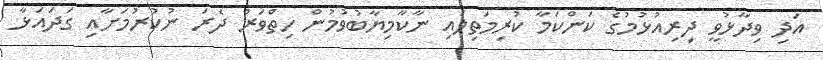
އަދި ވިދާޅުވީ ދިރިއުޅުމުގެ ކަންކަމާ ކުރިމަތިލައި ނާކާމިޔާބުވުމުން ހިތްވަރު ދެރަ ނުކުރުމަށާއި ގަދައަޅާ